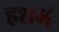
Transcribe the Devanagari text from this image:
हशमं